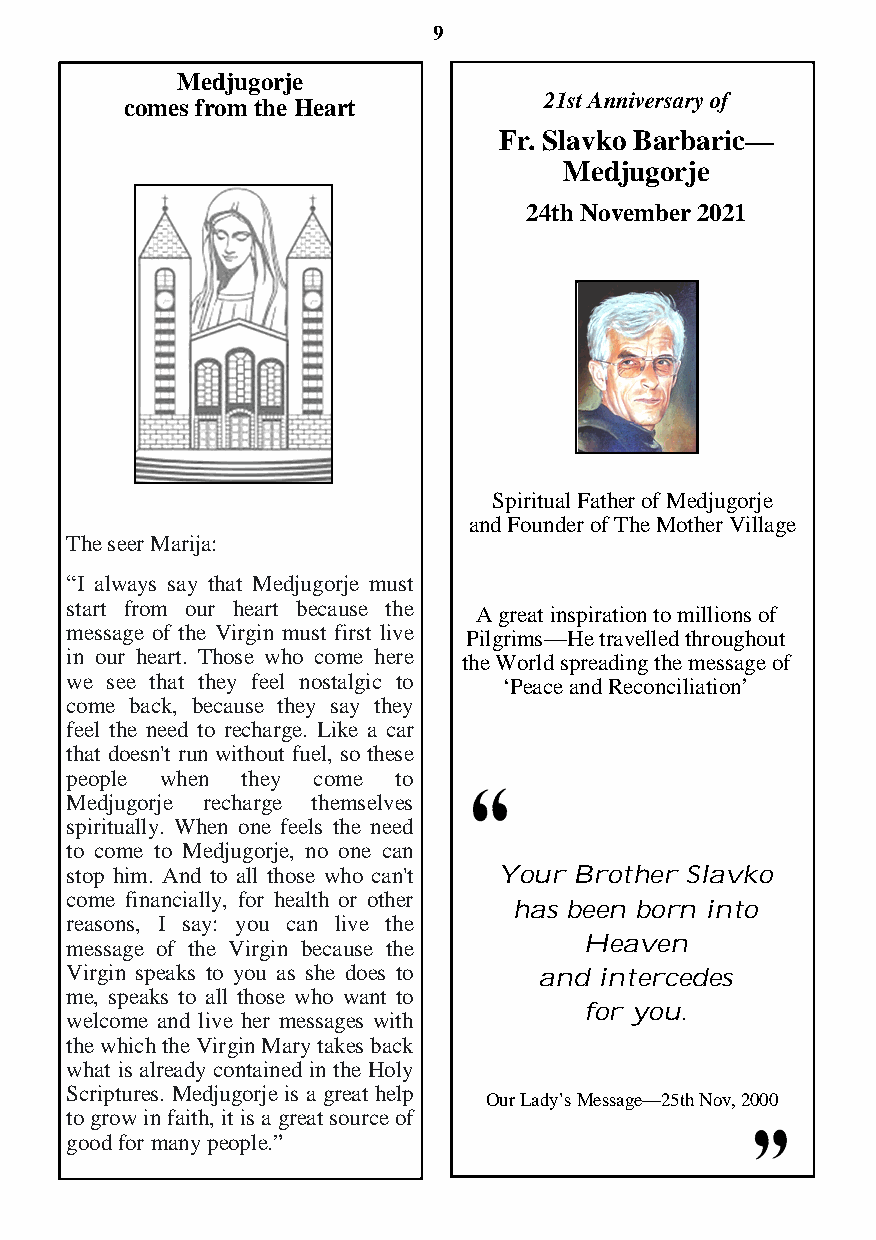
9
 Medjugorje
 21st Anniversary of
 comes from the Heart
 Fr. Slavko Barbaric—
 Medjugorje
 24th November 2021
 Spiritual Father of Medjugorje
 and Founder of The Mother Village
 The seer Marija:
 “I always say that Medjugorje must
 start from our heart because the A great inspiration to millions of
 message of the Virgin must first live Pilgrims—He travelled throughout
 in our heart. Those who come here the World spreading the message of
 we see that they feel nostalgic to ‘Peace and Reconciliation’
 come back, because they say they
 feel the need to recharge. Like a car
 that doesn't run without fuel, so these
 people when they come to
 Medjugorje recharge themselves
 spiritually. When one feels the need
 to come to Medjugorje, no one can
 stop him. And to all those who can't Your Brother Slavko
 come financially, for health or other
 has been born into
 reasons, I say: you can live the
 message of the Virgin because the  Heaven
 Virgin speaks to you as she does to
 and intercedes
 me, speaks to all those who want to
 for you.
 welcome and live her messages with
 the which the Virgin Mary takes back
 what is already contained in the Holy
 Scriptures. Medjugorje is a great help
 Our Lady’s Message—25th Nov, 2000
 to grow in faith, it is a great source of
 good for many people.”